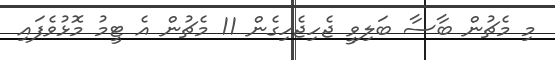
މި މެޗުން ބާސާ ބަލިވީ ޖެހިޖެހިގެން 11 މެޗުން އެ ޓީމު މޮޅުވެފައި